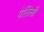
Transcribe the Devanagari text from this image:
पेलिसी